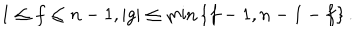
1 \leq f \leq n - 1 , | g | \leq \min \left\{ f - 1 , n - 1 - f \right\} .